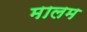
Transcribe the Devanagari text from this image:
मालम